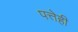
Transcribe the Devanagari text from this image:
पत्तेही